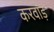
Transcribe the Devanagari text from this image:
करवाड़